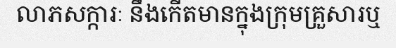
លាភសក្ការៈ នឹងកើតមានក្នុងក្រុមគ្រួសារឬ